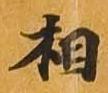
相